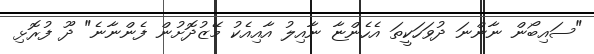
"ސައިބޯން ނާންނަ ދުވަހަކީތަ އެހެންޏާ ނާއިލު އާއިއެކު މޭޒުދޮށުން ފެންނާނެ" ދޫ ފުރޮޅި